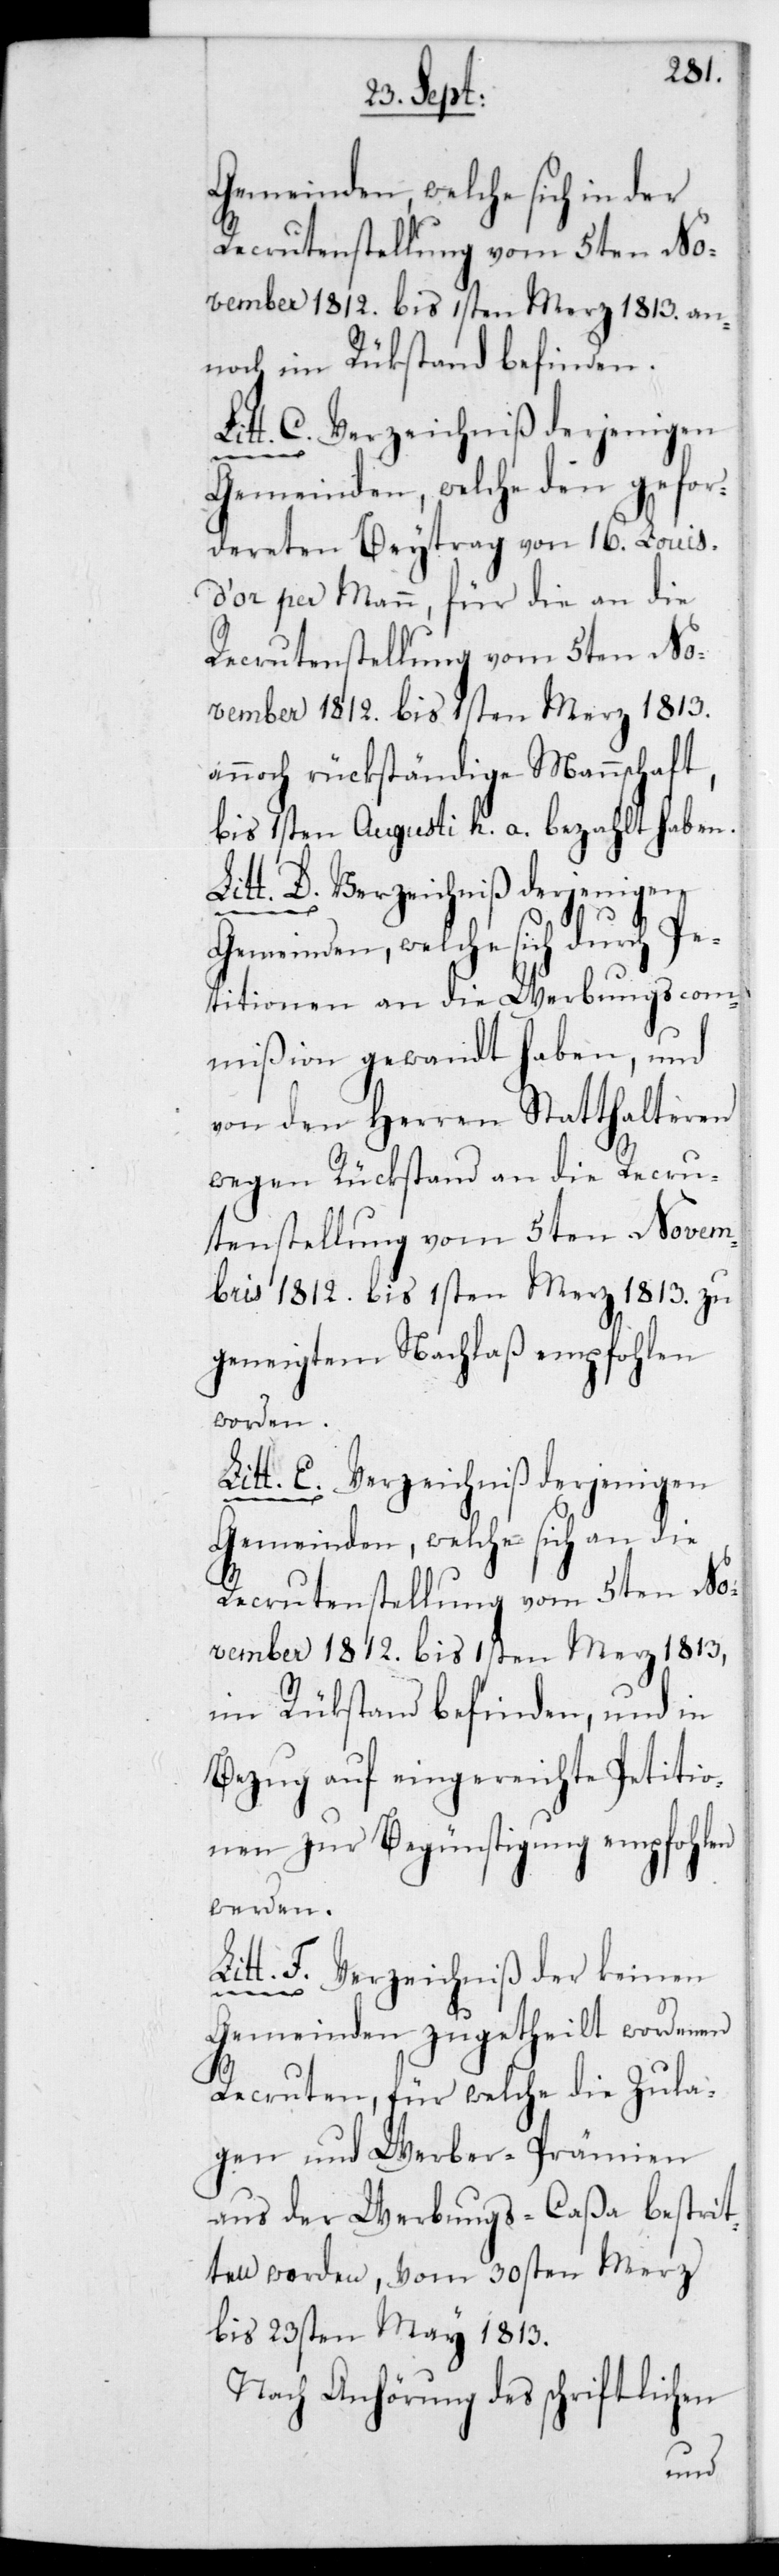
Gemeinden, welche sich in der
Recrutenstellung vom 5ten No¬
vember 1812 bis 1sten Merz 1813 an¬
noch im Rückstand befinden.
Gemeinden, welche den gefor¬
dereten Beytrag von 16 Louis
d’or per Mann, für die an die
Recrutenstellung vom 5ten No¬
vember 1812 bis 1sten Merz 1813
annoch rückständige Mannschaft,
bis 1sten Augusti h. a. bezahlt haben.
Litt. D. Verzeichniß derjenigen
Gemeinden, welche sich durch Pe¬
titionen an die Werbungscom¬
mißion gewandt haben, und
von den Herren Statthalteren
wegen Rückstand an die Recru¬
tenstellung vom 5ten Novem¬
bris 1812 bis 1sten Merz 1813 zu
geneigtem Nachlaß empfohlen
worden.
Litt. E. Verzeichniß derjenigen
Gemeinden, welche sich an die
im Rückstand befinden, und in
Bezug auf eingereichte Petitio¬
nen zur Begünstigung empfohlen
werden.
Litt. F.
Verzeichniß der keinen
Gemeinden zugetheilt wordenen
Recruten, für welche die Zula¬
gen und Werber-Prämien
aus der Werbungs-Caßa bestrit¬
ten werden, vom 30sten Merz
bis 23sten May 1813.
Nach Anhörung des schriftlichen